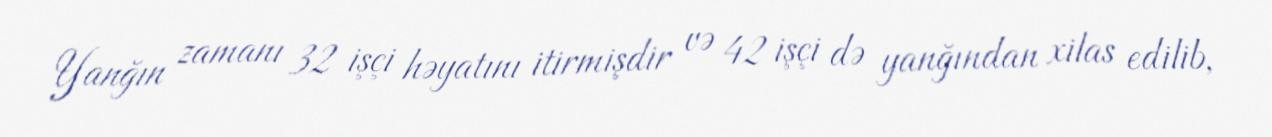
Yanğın zamanı 32 işçi həyatını itirmişdir və 42 işçi də yanğından xilas edilib,